Report on lock hospitals in British Burma
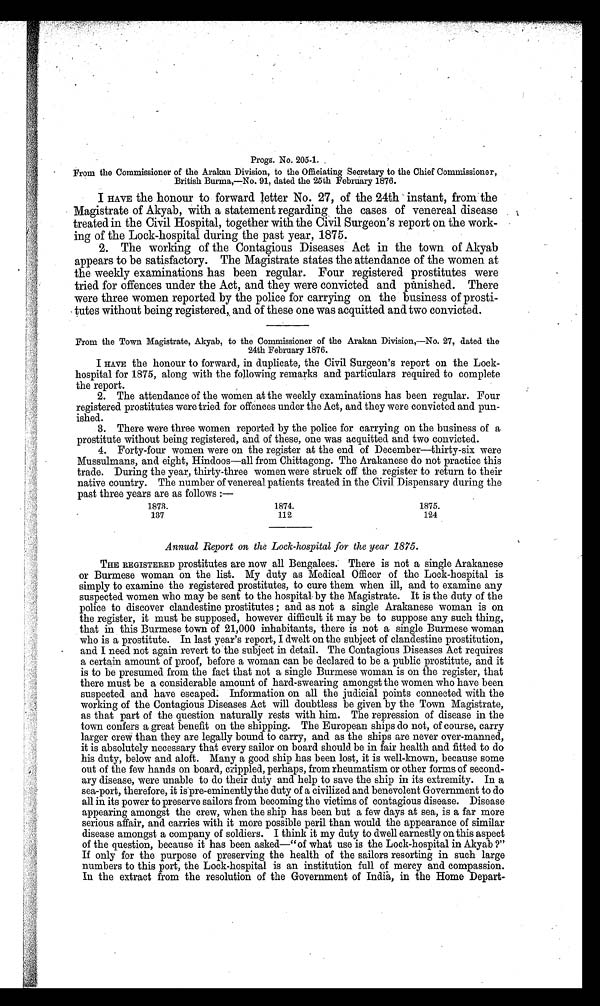
Progs. No. 205-1.
From the Commissioner of the Arakan Division, to the Officiating Secretary to the Chief Commissioner,
British Burma,—No. 91, dated the 25th February 1876.
I HAVE the honour to forward letter No. 27, of the 24th instant, from the
Magistrate of Akyab, with a statement regarding the cases of venereal disease
treated in the Civil Hospital, together with the Civil Surgeon's report on the work-
ing of the Lock-hospital during the past year, 1875.
2. The working of the Contagious Diseases Act in the town of Akyab
appears to be satisfactory. The Magistrate states the attendance of the women at
the weekly examinations has been regular. Four registered prostitutes were
tried for offences under the Act, and they were convicted and punished. There
were three women reported by the police for carrying on the business of prosti-
tutes without being registered,, and of these one was acquitted and two convicted.
From the Town Magistrate, Akyab, to the Commissioner of the Arakan Division,—No. 27, dated the
24th February 1876.
I HAVE the honour to forward, in duplicate, the Civil Surgeon's report on the Lock-
hospital for 1875, along with the following remarks and particulars required to complete
the report.
2. The attendance of the women at the weekly examinations has been regular. Four
registered prostitutes were tried for offences under the Act, and they were convicted and pun-
ished.
3. There were three women reported by the police for carrying on the business of a
prostitute without being registered, and of these, one was acquitted and two convicted.
4. Forty-four women were on the register at the end of December—thirty-six were
Mussulmans, and eight, Hindoos—all from Chittagong. The Arakanese do not practice this
trade. During the year, thirty-three women were struck off the register to return to their
native country. The number of venereal patients treated in the Civil Dispensary during the
past three years are as follows :—
1873.
1874.
1875.
137
112
124
Annual Report on the Lock-hospital for the year 1875.
THE REGISTERED prostitutes are now all Bengalees. There is not a single Arakanese
or Burmese woman on the list. My duty as Medical Officer of the Lock-hospital is
simply to examine the registered prostitutes, to cure them when ill, and to examine any
suspected women who may be sent to the hospital by the Magistrate. It is the duty of the
police to discover clandestine prostitutes ; and as not a single Arakanese woman is on
the register, it must be supposed, however difficult it may be to suppose any such thing,
that in this Burmese town of 21,000 inhabitants, there is not a single Burmese woman
who is a prostitute. In last year's report, I dwelt on the subject of clandestine prostitution,
and I need not again revert to the subject in detail. The Contagious Diseases Act requires
a certain amount of proof, before a woman can be declared to be a public prostitute, and it
is to be presumed from the fact that not a single Burmese woman is on the register, that
there must be a considerable amount of hard-swearing amongst the women who have been
suspected and have escaped. Information on all the judicial points connected with the
working of the Contagious Diseases Act will doubtless be given by the Town Magistrate,
as that part of the question naturally rests with him. The repression of disease in the
town confers a great benefit on the shipping. The European ships do not, of course, carry
larger crew than they are legally bound to carry, and as the ships are never over-manned,
it is absolutely necessary that every sailor on board should be in fair health and fitted to do
his duty, below and aloft. Many a good ship has been lost, it is well-known, because some
out of the few hands on board, crippled, perhaps, from rheumatism or other forms of second-
ary disease, were unable to do their duty and help to save the ship in its extremity. In a
sea-port, therefore, it is pre-eminently the duty of a civilized and benevolent Government to do
all in its power to preserve sailors from becoming the victims of contagious disease. Disease
appearing amongst the crew, when the ship has been but a few days at sea, is a far more
serious affair, and carries with it more possible peril than would the appearance of similar
disease amongst a company of soldiers. I think it my duty to dwell earnestly on this aspect
of the question, because it has been asked—" of what use is the Lock-hospital in Akyab ?"
If only for the purpose of preserving the health of the sailors resorting in such large
numbers to this port, the Lock-hospital is an institution full of mercy and compassion.
In the extract from the resolution of the Government of India, in the Home Depart-